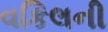
વકિલની